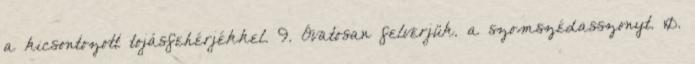
a kicsontozott tojásfehérjékkel. 9. Óvatosan felverjük. a szomszédasszonyt. 10.